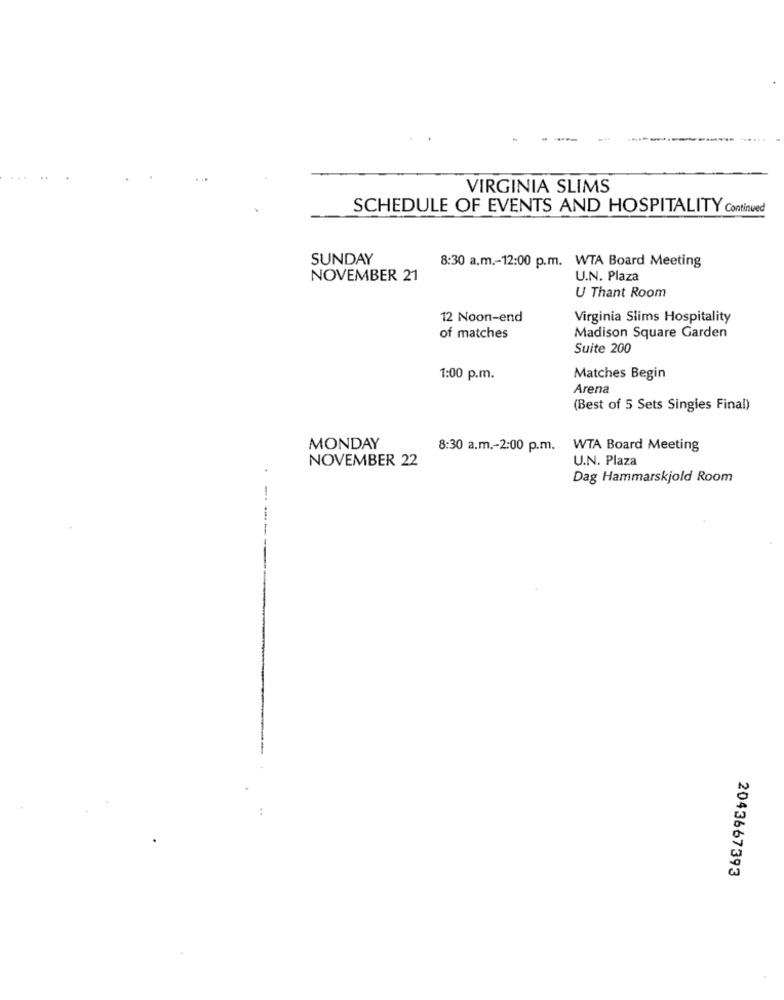
VIRGINIA SLIMS
SCHEDULE OF EVENTS AND HOSPITALITY Continued
SUNDAY
8:30 a.m .- 12:00 p.m. WTA Board Meeting
NOVEMBER 21
U.N. Plaza
U Thant Room
12 Noon-end
Virginia Slims Hospitality
of matches
Madison Square Garden
Suite 200
1:00 p.m.
Matches Begin
Arena
(Best of 5 Sets Singles Final)
MONDAY
8:30 a.m .- 2:00 p.m. WTA Board Meeting
U.N. Plaza
NOVEMBER 22
Dag Hammarskjold Room
....
2043667393